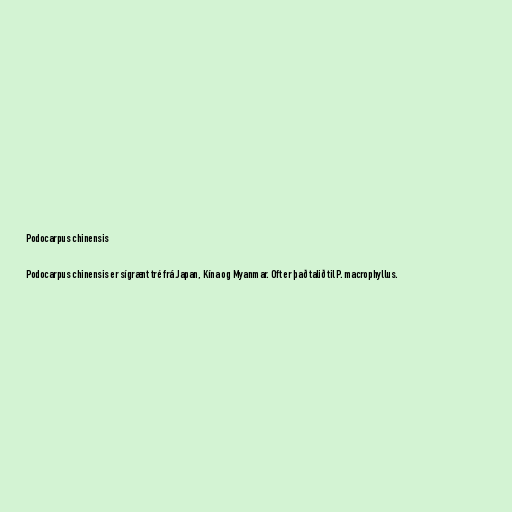
Podocarpus chinensis

Podocarpus chinensis er sígrænt tré frá Japan, Kína og Myanmar. Oft er það talið til P. macrophyllus.